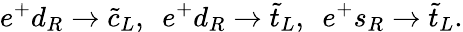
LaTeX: e^{+}d_{R}\to\tilde{c}_{L},~~e^{+}d_{R}\to\tilde{t}_{L},~~e^{+}s_{R}\to\tilde{t}_{L}.